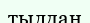
тылдан